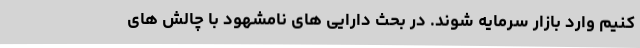
کنیم وارد بازار سرمایه شوند. در بحث دارایی های نامشهود با چالش های